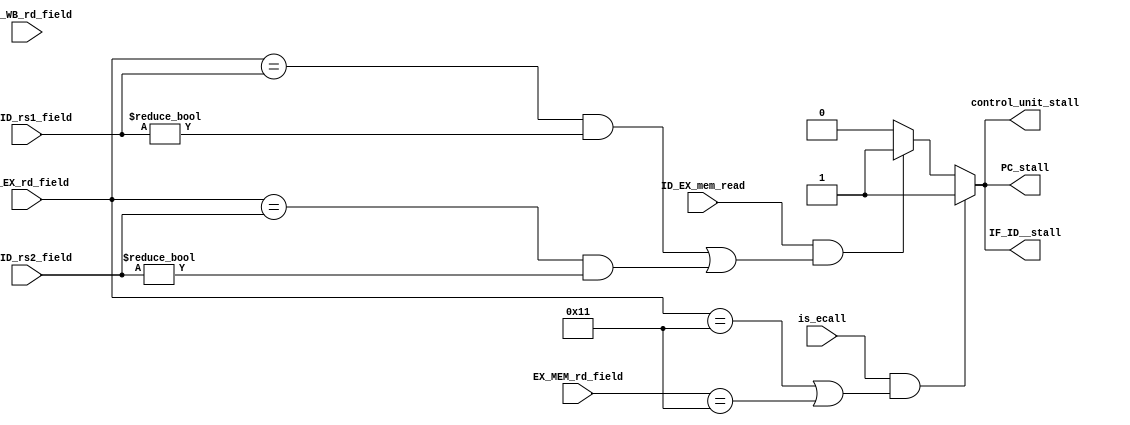
module HazardDetectionUnit (input ID_EX_mem_read,
                            input [4:0] ID_EX_rd_field,
                            input [4:0] IF_ID_rs1_field,
                            input [4:0] IF_ID_rs2_field,
                            input [4:0] EX_MEM_rd_field,
                            input [4:0] MEM_WB_rd_field,
                            input is_ecall,
                            output reg PC_stall,
                            output reg IF_ID__stall,
                            output reg control_unit_stall);

    always @(*) begin 
        if(is_ecall &&  (ID_EX_rd_field == 'd17 || EX_MEM_rd_field == 'd17)) begin 
                PC_stall = 1;
                IF_ID__stall = 1;
                control_unit_stall = 1;
        end 
        else begin
         if (ID_EX_mem_read && ((ID_EX_rd_field == IF_ID_rs1_field && IF_ID_rs1_field != 0) 
                                || (ID_EX_rd_field == IF_ID_rs2_field && IF_ID_rs2_field != 0)))
            begin
                PC_stall = 1;
                IF_ID__stall = 1;
                control_unit_stall = 1;
            end
         else begin
                PC_stall = 0;
                IF_ID__stall = 0;
                control_unit_stall = 0;
         end  
        end
    end
    
    
    
endmodule